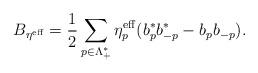
LaTeX: \begin{align*}B_{\eta^\mathrm{eff}}=\frac{1}{2}\sum_{p \in \Lambda_+^*} \eta_p^\mathrm{eff}(b^*_p b^*_{-p}-b_pb_{-p}).\end{align*}